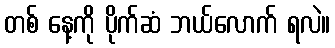
တစ် နေ့ကို ပိုက်ဆံ ဘယ်လောက် ရလဲ။